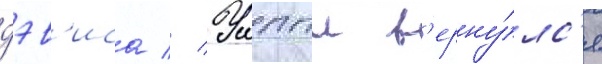
дэв'иса // Уиппл в'ерну́лс'я